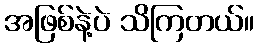
အဖြစ်နဲ့ပဲ သိကြတယ်။